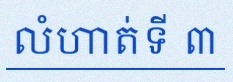
លំហាត់ទី ៣